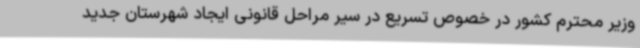
وزیر محترم کشور در خصوص تسریع در سیر مراحل قانونی ایجاد شهرستان جدید